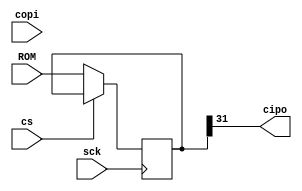
module spi_model #(
    parameter DW=32,
    parameter CPOL=0,
    parameter integer ID=0
) (
    input [DW-1:0] ROM,
    input cs,
    input sck,
    input copi,
    output cipo
);
reg [DW-1:0] shift=0;
/* verilator lint_save */
/* verilator lint_off MULTIDRIVEN */
reg [5:0] cnt=0;
/* verilator lint_restore */
reg [DW-1:0] rom=0;
wire sck_edge = CPOL ? ~sck : sck; // convert to CPOL=0

always @(negedge cs) cnt <= 0;

// CIPO changes on SCK rising edge
always @(posedge sck_edge) if (~cs) begin
    cnt <= (cnt==DW) ? 0 : cnt + 1'b1;
    if (cnt==0) rom <= ROM;
    else rom <= {rom[DW-2:0], rom[DW-1]};
end

// Sample COPI on SCK falling edge
reg read=0;
always @(negedge sck_edge) if (~cs) begin
    if (cnt == 1) read <= copi;  // only response to 'read' cmd
    shift <= {shift[DW-2:0], copi};
    if (cnt == DW) begin
        // $display("Time:     %g ns, spi_model_%1d got: 0x%x, '%c'", $time, ID, shift, shift);
        read <= 0;
    end
end

// TODO why?
// assign cipo = read ? rom[DW-1] : 0;

assign cipo = rom[DW-1];
endmodule